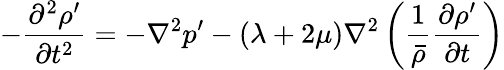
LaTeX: -\frac{\partial^{2}\rho^{\prime}}{\partial t^{2}}=-\nabla^{2}p^{\prime}-\left(\lambda+2\mu\right)\nabla^{2}\left(\frac{1}{\bar{\rho}}\frac{\partial\rho^{\prime}}{\partial t}\right)